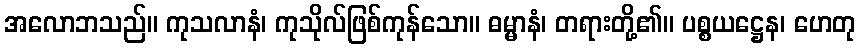
အလောဘသည်။ ကုသလာနံ၊ ကုသိုလ်ဖြစ်ကုန်သော။ ဓမ္မာနံ၊ တရားတို့၏။ ပစ္စယဋ္ဌေန၊ ဟေတု